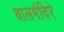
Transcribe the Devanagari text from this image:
बालमंदिरे